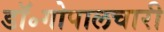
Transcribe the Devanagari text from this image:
डॉ॰गोपालचारी